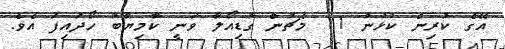
އޭގެ ކުރިން ކުޅުނު 11 މެޗުން ގާޑިއޯލާ ވަނީ ކާމިޔާބު ހޯދައިފަ އެވެ.